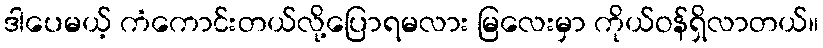
ဒါပေမယ့် ကံကောင်းတယ်လို့ပြောရမလား မြလေးမှာ ကိုယ်ဝန်ရှိလာတယ်။